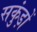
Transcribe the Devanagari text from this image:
सकुंड़ों